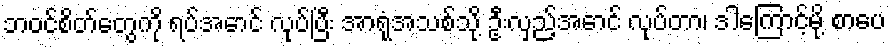
ဘဝင်စိတ်တွေကို ရပ်အောင် လုပ်ပြီး အာရုံအသစ်သို့ ဦးလှည့်အောင် လုပ်တာ၊ ဒါကြောင့်မို့ စာပေ